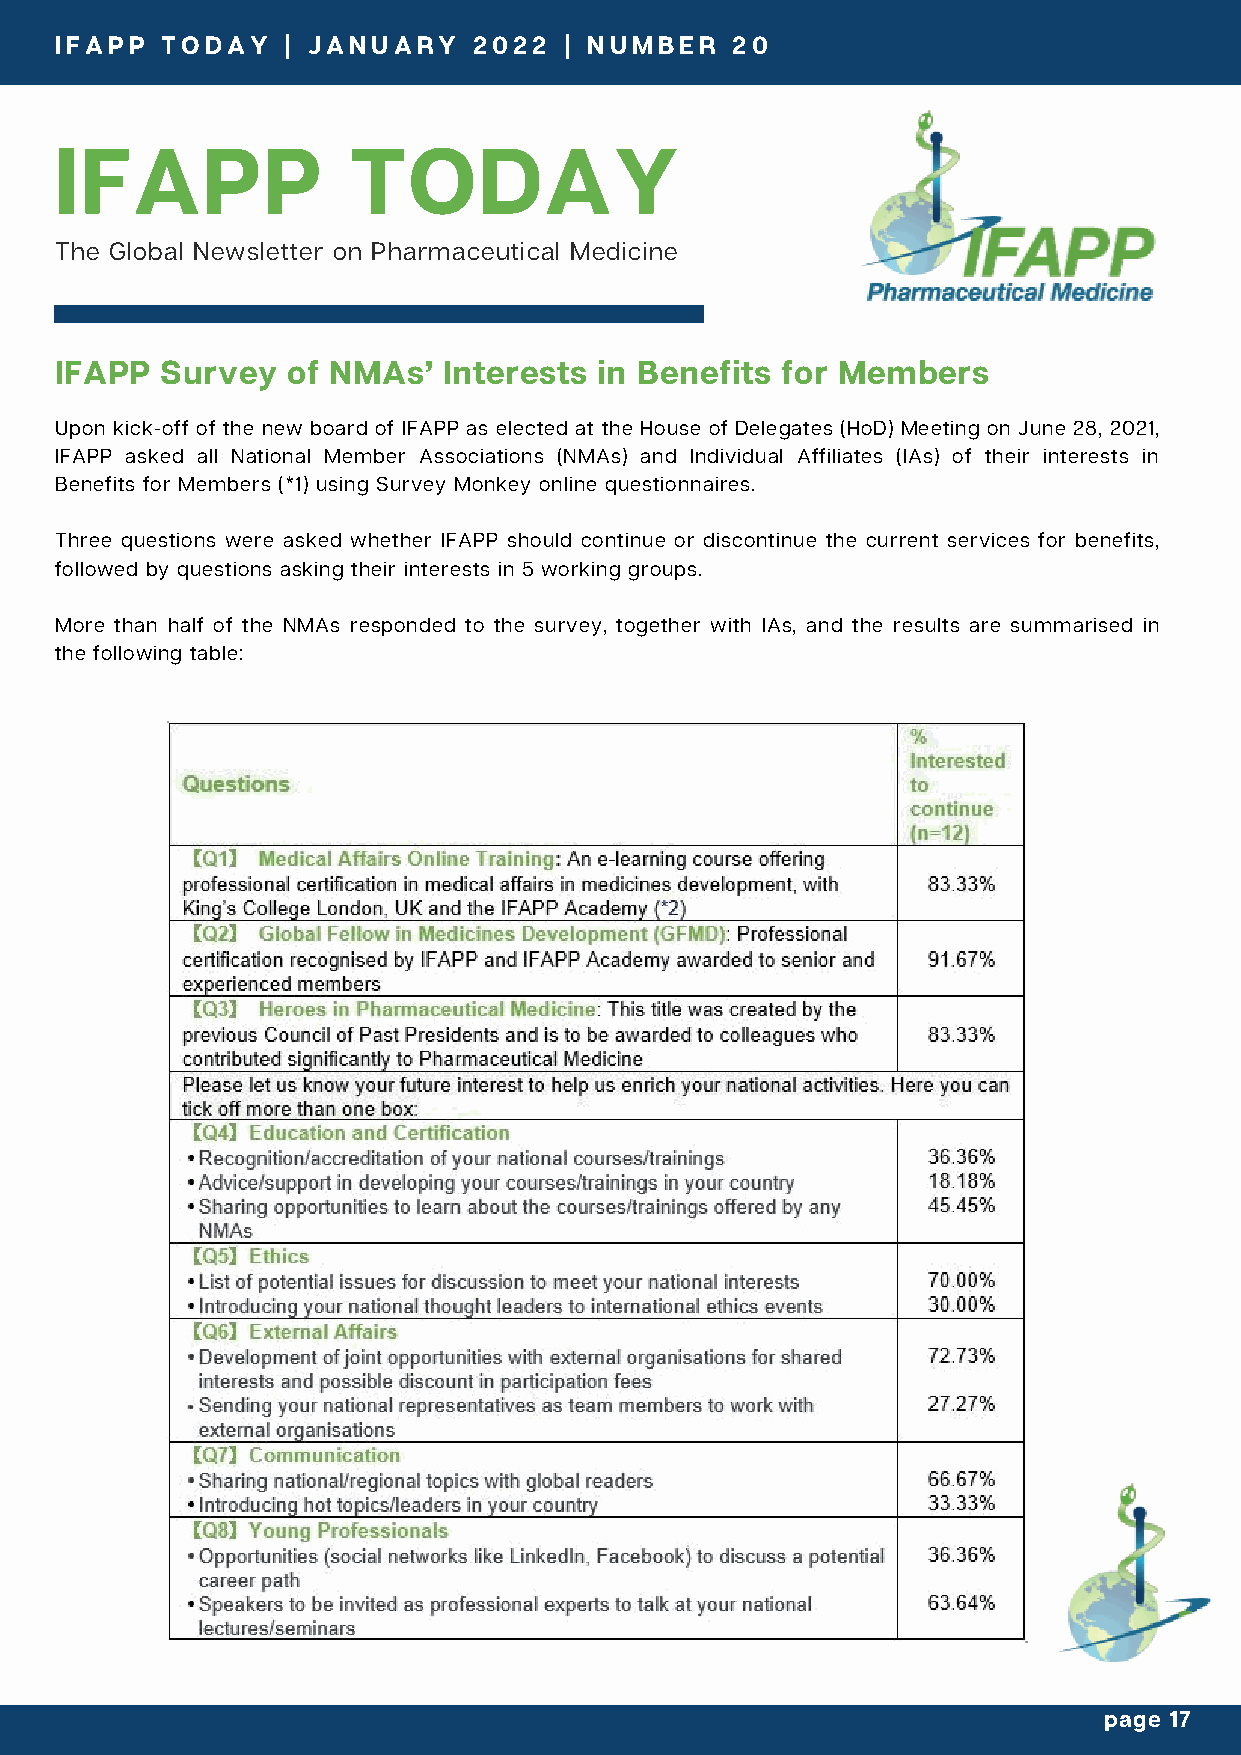
IFAPP  TODAY   | JANUARY   2022  | NUMBER   20
 IFAPP  TODAY    | JANUARY   2021 | 2 | NUMBER   1
 IFAPP              TODAY
 The Global Newsletter on Pharmaceutical Medicine
 IFAPP  Survey  of NMAs’  Interests  in Benefits for Members
 Upon kick-off of the new board of IFAPP as elected at the House of Delegates (HoD) Meeting on June 28, 2021,
 IFAPP asked all National Member Associations (NMAs) and Individual Affiliates (IAs) of their interests in
 Benefits for Members (*1) using Survey Monkey online questionnaires.
 Three questions were asked whether IFAPP should continue or discontinue the current services for benefits,
 followed by questions asking their interests in 5 working groups.
 More than half of the NMAs responded to the survey, together with IAs, and the results are summarised in
 the following table:
 page 17